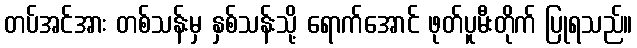
တပ်အင်အား တစ်သန်းမှ နှစ်သန်းသို့ ရောက်အောင် ဖုတ်ပူမီးတိုက် ပြုရသည်။